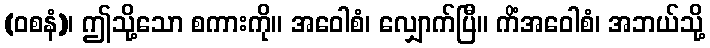
(ဝစနံ)၊ ဤသို့သော စကားကို။ အဝေါစံ၊ လျှောက်ပြီ။ ကိံအဝေါစံ၊ အဘယ်သို့